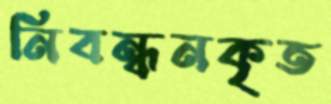
নিবন্ধনকৃত